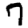
Digit: 7